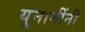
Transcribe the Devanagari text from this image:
यूनानींनी